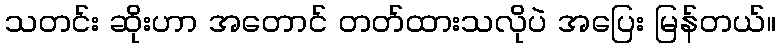
သတင်း ဆိုးဟာ အတောင် တတ်ထားသလိုပဲ အပြေး မြန်တယ်။